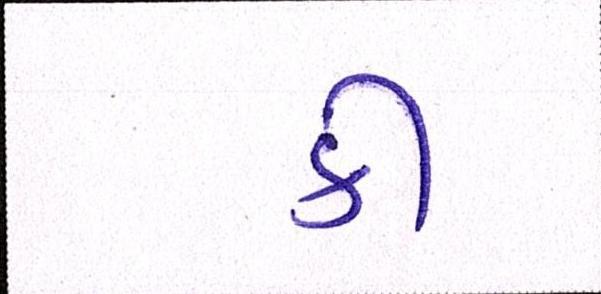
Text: કી